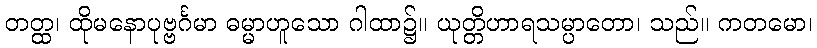
တတ္ထ၊ ထိုမနောပုဗ္ဗင်္ဂမာ ဓမ္မာဟူသော ဂါထာ၌။ ယုတ္တိဟာရသမ္ပာတော၊ သည်။ ကတမော၊